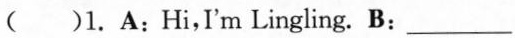
( )1. A： Hi,I'm Lingling. B: ___